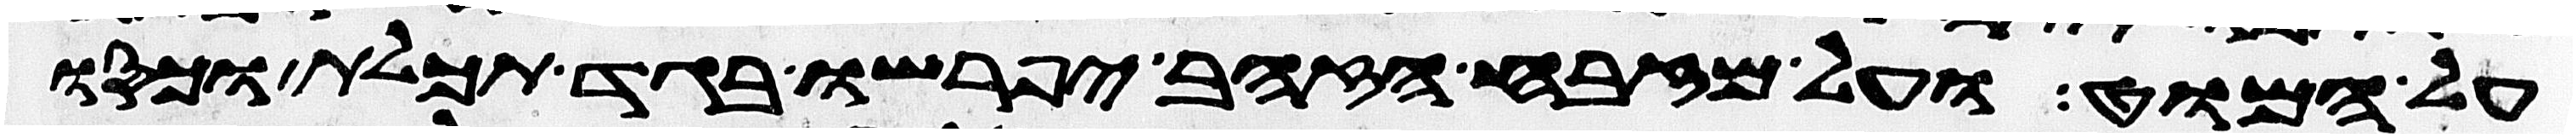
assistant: על המוט ועל מזבח הזהב יפרשו בגד תכלת וכסו